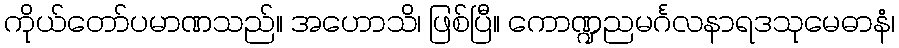
ကိုယ်တော်ပမာဏသည်။ အဟောသိ၊ ဖြစ်ပြီ။ ကောဏ္ဍညမင်္ဂလနာရဒသုမေဓာနံ၊